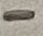
Text: -